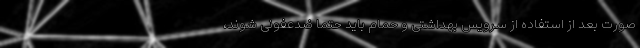
صورت بعد از استفاده از سرویس بهداشتی و حمام باید حتماً ضدعفونی شوند،